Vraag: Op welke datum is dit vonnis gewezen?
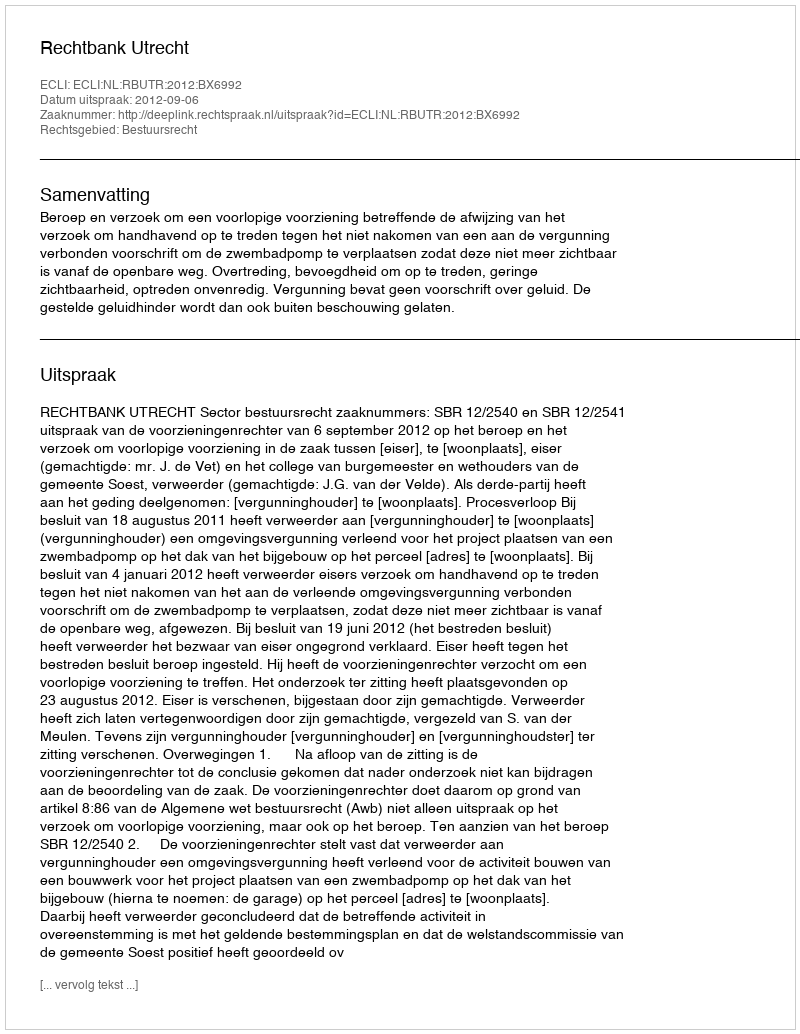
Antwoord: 2012-09-06